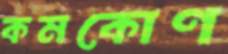
কমকোণ